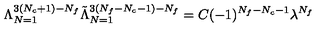
\Lambda _ { N = 1 } ^ { 3 ( N _ { c } + 1 ) - N _ { f } } \tilde { \Lambda } _ { N = 1 } ^ { 3 ( N _ { f } - N _ { c } - 1 ) - N _ { f } } = C ( - 1 ) ^ { N _ { f } - N _ { c } - 1 } \lambda ^ { N _ { f } }